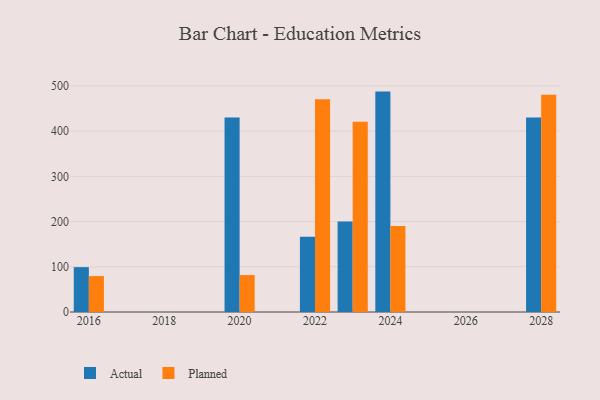
{"axis": {"x": "Year", "y": "Production Output"}, "legend": ["Actual", "Planned"], "data": [{"x": "2024", "y": 487.4, "type": "Actual"}, {"x": "2024", "y": 190.2, "type": "Planned"}, {"x": "2028", "y": 430.3, "type": "Actual"}, {"x": "2028", "y": 480.5, "type": "Planned"}, {"x": "2023", "y": 200.0, "type": "Actual"}, {"x": "2023", "y": 420.8, "type": "Planned"}, {"x": "2020", "y": 430.3, "type": "Actual"}, {"x": "2020", "y": 81.7, "type": "Planned"}, {"x": "2016", "y": 99.2, "type": "Actual"}, {"x": "2016", "y": 79.4, "type": "Planned"}, {"x": "2022", "y": 166.6, "type": "Actual"}, {"x": "2022", "y": 470.4, "type": "Planned"}]}